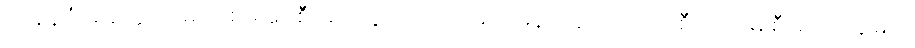
အချိန်ဒီရေတွေသာမက စမ်းရေစီးသံတွေကလည်း မရပ်မနား ဆက်လက် စီးဆင်းမြဲ စီးဆင်းနေမြဲပါ။